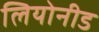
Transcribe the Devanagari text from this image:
लियोनीड